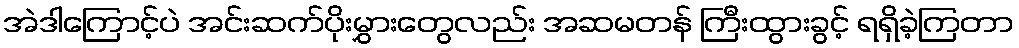
အဲဒါကြောင့်ပဲ အင်းဆက်ပိုးမွှားတွေလည်း အဆမတန် ကြီးထွားခွင့် ရရှိခဲ့ကြတာ